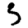
Digit: 5